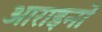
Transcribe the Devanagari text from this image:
आराइनों